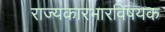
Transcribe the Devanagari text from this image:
राज्यकारभारविषयक